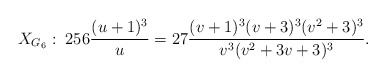
\begin{align*} X_{G_6} : \; 256 \frac{(u+1)^3}{u} = 27 \frac{(v+1)^3(v+3)^3(v^2+3)^3}{v^3(v^2+3v+3)^3} .\end{align*}